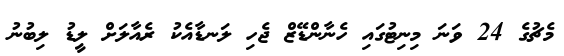
މެޗުގެ 24 ވަަަނަ މިނިޓުގައި ހެނާންޑޭޒް ޖެހި ލަނޑާއެކު ރެއާލަށް ލީޑު ލިބުނު